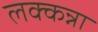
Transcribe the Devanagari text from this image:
लक्कन्ना